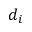
d _ { i }